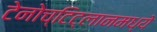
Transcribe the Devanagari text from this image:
टेनोच्टिट्लानमध्ये